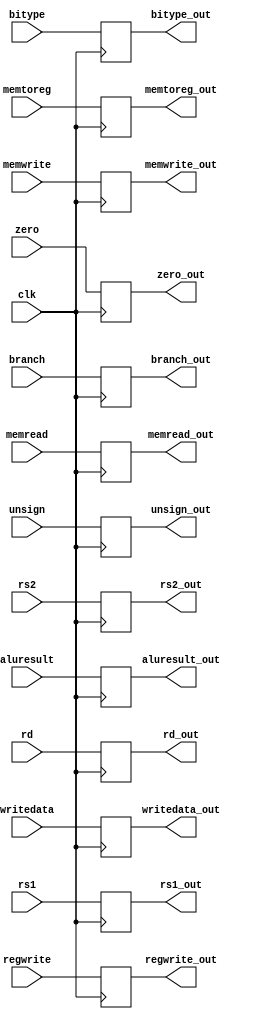
`timescale 1ns / 1ps
//////////////////////////////////////////////////////////////////////////////////
// Company: 
// Engineer: 
// 
// Design Name: 
// Module Name: EX
// Project Name: 
// Target Devices: 
// Tool Versions: 
// Description: 
// 
// Dependencies: 
// 
// Revision:
// Revision 0.01 - File Created
// Additional Comments:
// 
//////////////////////////////////////////////////////////////////////////////////



module EXMEM(clk,writedata,branch,memread,memtoreg,memwrite,regwrite,zero,bitype,unsign,aluresult,rs1,rs2,rd,writedata_out,branch_out,memread_out,memwrite_out,regwrite_out,memtoreg_out,zero_out,bitype_out,unsign_out,aluresult_out,rs1_out,rs2_out,rd_out);
    input clk,branch,memread,memtoreg,memwrite,regwrite,zero,bitype,unsign;
    //input [31:0] pc_in;
    input [31:0] writedata;
    input [31:0] aluresult;
    input [4:0] rs1;
    input [4:0] rs2;
    input [4:0] rd;
    output reg branch_out,memread_out,memtoreg_out,memwrite_out,regwrite_out,zero_out,bitype_out,unsign_out;
    //output reg[31:0] pc_out;
    output reg[31:0] writedata_out;
    output reg[31:0] aluresult_out;
    output reg[4:0] rd_out;
    output reg[4:0] rs1_out;
    output reg[4:0] rs2_out;
    always@(posedge clk)begin
        branch_out = branch;
        memread_out = memread;
        memtoreg_out = memtoreg;
        memwrite_out = memwrite;
        regwrite_out = regwrite;
        zero_out = zero;
        aluresult_out = aluresult;
        rs2_out = rs2;
        rs1_out = rs1;
        rd_out = rd;
        bitype_out = bitype;
        unsign_out = unsign;
        writedata_out = writedata;
    end
endmodule

module Forward(rs1_idex,rs2_idex,rd_exmem,rd_memwb,regwrite_exmem,regwrite_memwb,forwardA,forwardB);
    input [4:0] rs1_idex;
    input [4:0] rs2_idex;
    input [4:0] rd_exmem;
    input [4:0] rd_memwb;
    input regwrite_exmem,regwrite_memwb;
    output reg [1:0] forwardA;
    output reg [1:0] forwardB;
    initial begin
        forwardA = 2'b00;
        forwardB = 2'b00;
    end
    always @(*) begin
        forwardA = 2'b00;
        forwardB = 2'b00;
        if (rs1_idex == rd_exmem && regwrite_exmem && rd_exmem!=0) forwardA = 2'b10;
        if (rs2_idex == rd_exmem && regwrite_exmem && rd_exmem!=0) forwardB = 2'b10;
        if ((rs1_idex == rd_memwb && regwrite_exmem && rd_memwb!=0) && (!(rs1_idex == rd_exmem && regwrite_exmem && rd_exmem!=0))) forwardA = 2'b01;
        if ((rs2_idex == rd_memwb && regwrite_exmem && rd_memwb!=0) && (!(rs2_idex == rd_exmem && regwrite_exmem && rd_exmem!=0))) forwardB = 2'b01;
    end
endmodule


module ALUcontrol(inst,aluop,aluctr_out,bitype,unsign);
    input [3:0] inst;
    input [1:0] aluop;
    output reg bitype;
    output reg unsign;
    output reg [3:0] aluctr_out;
    initial begin
        aluctr_out = 4'b0000;
        bitype = 0;
        unsign = 0;
    end
    always @(*) begin
        if (aluop == 2'b00) begin
            if( inst[2:0] == 3'b001) begin
                aluctr_out = 4'b0111; //slli
                bitype = 0;
                unsign = 0;
            end
            else if (inst[2:0] == 3'b101) begin
                aluctr_out = 4'b1000;//srli
                bitype = 0;
                unsign = 0;
            end
            else if (inst[2:0] == 3'b111) begin
                aluctr_out = 4'b0000;//andi
                bitype = 0;
                unsign = 0;
            end
            else if (inst[2:0] == 3'b000) begin
                aluctr_out = 4'b0010;//lb sb
                bitype = 1;
                unsign = 0;
            end
            else if (inst[2:0] == 3'b100) begin
                aluctr_out = 4'b0010;//lbu
                bitype = 1;
                unsign = 1;
            end
            else begin
                aluctr_out = 4'b0010; //lw sw addi jal jalr
                bitype = 0;
                unsign = 0;
            end
        end
        else if (aluop == 2'b01 && inst[2:0] == 3'b000) begin
            aluctr_out = 4'b0110;//beq
            bitype = 0;
            unsign = 0;
        end
        else if (aluop == 2'b01 && inst[2:0] == 3'b001) begin
            aluctr_out = 4'b0011; //bne branch
            bitype = 0;
            unsign = 0;
        end
        else if (aluop == 2'b01 && inst[2:0] == 3'b100) begin
            aluctr_out = 4'b0100; //blt branch
            bitype = 0;
            unsign = 0;
        end
        else if (aluop == 2'b01 && inst[2:0] == 3'b101) begin
            aluctr_out = 4'b0101; //bge branch
            bitype = 0;
           unsign = 0;
        end
        else if (aluop == 2'b10) begin
            if (inst == 4'b0000) begin
                aluctr_out = 4'b0010; //add
                bitype = 0;
                unsign = 0;
            end
            else if (inst == 4'b1000) begin
                aluctr_out = 4'b0110; //sub
                bitype = 0;
                unsign = 0;
            end
            else if (inst == 4'b0001) begin
                aluctr_out = 4'b0111; //sll
                bitype = 0;
                unsign = 0;
            end
            else if (inst == 4'b0101) begin
                aluctr_out = 4'b1000; //srl
                bitype = 0;
                unsign = 0;
            end
            else if (inst == 4'b1101) begin
                aluctr_out = 4'b1001; //sra
                bitype = 0;
                unsign = 0;
            end
            else if (inst == 4'b0111) begin
                aluctr_out = 4'b0000; //and
                bitype = 0;
                unsign = 0;
            end
            else if (inst == 4'b0110) begin
                aluctr_out = 4'b0001; //or
                bitype = 0;
                unsign = 0;
            end
        end
    end
endmodule

module Mux_forward(forward,in0,in1,in2,out);
    input [1:0] forward;
    input [31:0] in0;
    input [31:0] in1;
    input [31:0] in2;
    output reg [31:0] out;
    always @(*) begin
        if (forward == 2'b00) out = in0;
        else if (forward == 2'b01) out = in1;
        else if (forward == 2'b10) out = in2;
    end
endmodule

module ALU(pc,jal,jalr,data1,data2,imm,aluctr,alusrc,zero,result);
    input [31:0] pc;
    input signed [31:0] data1;
    input signed [31:0] data2;
    input [31:0] imm;
    input [3:0] aluctr;
    input alusrc,jal,jalr;
    output reg zero;
    output reg signed [31:0] result;
    initial begin
        result = 32'b0;
        zero = 0;
    end
    always @(*) begin
        if (jal == 1'b1 || jalr == 1'b1) begin
            zero = 1;
            result = pc+4;
        end
        else if (alusrc == 1'b0) begin
            case(aluctr)
                4'b0000: begin
                    result = data1 & data2;
                    zero = (result == 32'b0)?1'b1:1'b0;
                end
                4'b0001: begin
                    result = data1 | data2;
                    zero = (result == 32'b0)?1'b1:1'b0;
                end
                4'b0010: begin
                    result = data1 + data2;
                    zero = (result == 32'b0)?1'b1:1'b0;
                end
                4'b0011: begin //bne branch
                    result = data1 - data2;
                    zero = (result == 32'b0)?1'b0:1'b1;
                end
                4'b0100: begin //blt branch
                    result = data1 - data2;
                    zero = (data1 < data2)?1'b1:1'b0;
                end
                4'b0101: begin //bge branch
                    result = data1 - data2;
                    zero = (data1 >= data2)?1'b1:1'b0;
                end
                4'b0110: begin
                    result = data1 - data2;
                    zero = (result == 32'b0)?1'b1:1'b0;
                end
                4'b0111: begin //sll slli
                    result = data1 << data2;
                    zero = (result == 32'b0)?1'b1:1'b0;
                end
                4'b1000: begin //srli srl
                    result = data1 >> data2;
                    zero = (result == 32'b0)?1'b1:1'b0;
                end
                4'b1001: begin //sra
                    result = data1 >>> data2;
                    zero = (result == 32'b0)?1'b1:1'b0;
                end
            endcase
        end
        else begin
            case(aluctr)
                4'b0000: begin
                    result = data1 & imm;
                    zero = (result == 32'b0)?1'b1:1'b0;
                end
                4'b0001: begin
                    result = data1 | imm;
                    zero = (result == 32'b0)?1'b1:1'b0;
                end
                4'b0010: begin
                    result = data1 + imm;
                    zero = (result == 32'b0)?1'b1:1'b0;
                end
                4'b0011: begin //bne branch
                    result = data1 - imm;
                    zero = (result == 32'b0)?1'b0:1'b1;
                end
                4'b0100: begin //blt branch
                    result = data1 - imm;
                    zero = (result < 32'b0)?1'b1:1'b0;
                end
                4'b0101: begin //bge branch
                    result = data1 - imm;
                    zero = (result > 32'b0)?1'b1:1'b0;
                end
                4'b0110: begin
                    result = data1 - imm;
                    zero = (result == 32'b0)?1'b1:1'b0;
                end
                4'b0111: begin //sll slli
                    result = data1 << imm;
                    zero = (result == 32'b0)?1'b1:1'b0;
                end
                4'b1000: begin //srli srl
                    result = data1 >> imm;
                    zero = (result == 32'b0)?1'b1:1'b0;
                end
                4'b1001: begin //sra
                    result = data1 >>> imm;
                    zero = (result == 32'b0)?1'b1:1'b0;
                end
            endcase
        end
    end
endmodule